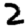
Digit: 2